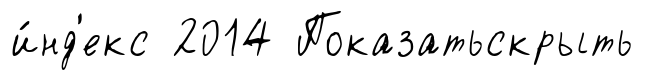
и́нд'екс 2014 Показатьскрыть